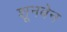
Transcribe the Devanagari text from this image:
शूनबेन